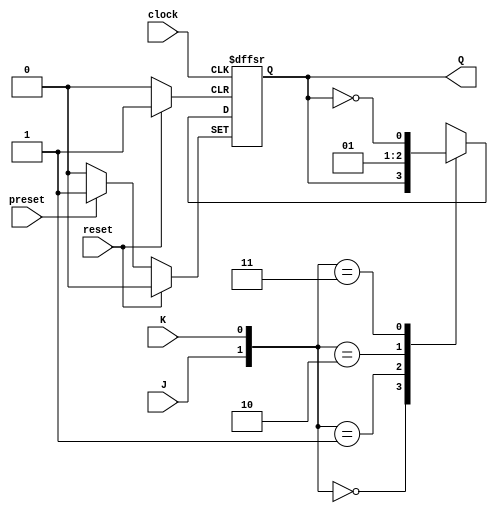
module flipflop(J, K, clock, reset, preset, Q);

	input J, K, clock, reset, preset;
	output Q;
	
	
	reg Q = 1'b0;
	
	
always @(posedge clock or posedge reset or posedge preset)
	
	begin
		if(reset == 1)
			begin
				Q = 1'b0;
			end
		else if(preset == 1) 
			begin
				Q = 1'b1;
			end
		else
			begin
				case({J,K})
					2'b0_0 : Q = Q;
					2'b0_1 : Q = 1'b0;
					2'b1_0 : Q = 1'b1;
					2'b1_1 : Q = ~Q;
				endcase
			end
	end


endmodule